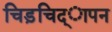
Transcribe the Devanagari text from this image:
चिड़चिद्ापन